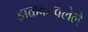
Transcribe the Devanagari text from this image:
झळकावलेले